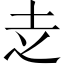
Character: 赱